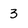
Character: 3